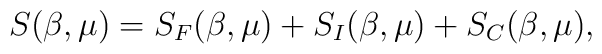
S(\beta,\mu)=S_F(\beta,\mu)+S_I(\beta,\mu)+S_C(\beta,\mu),